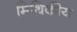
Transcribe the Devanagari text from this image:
मिथिकीय